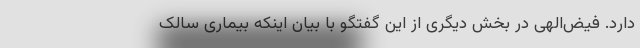
دارد. فیض‌الهی در بخش دیگری از این گفتگو با بیان اینکه بیماری سالک